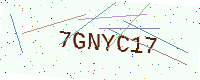
Text: 7GNYC17